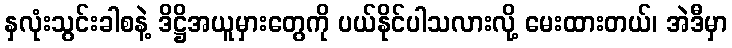
နှလုံးသွင်းခါစနဲ့ ဒိဋ္ဌိအယူမှားတွေကို ပယ်နိုင်ပါသလားလို့ မေးထားတယ်၊ အဲဒီမှာ